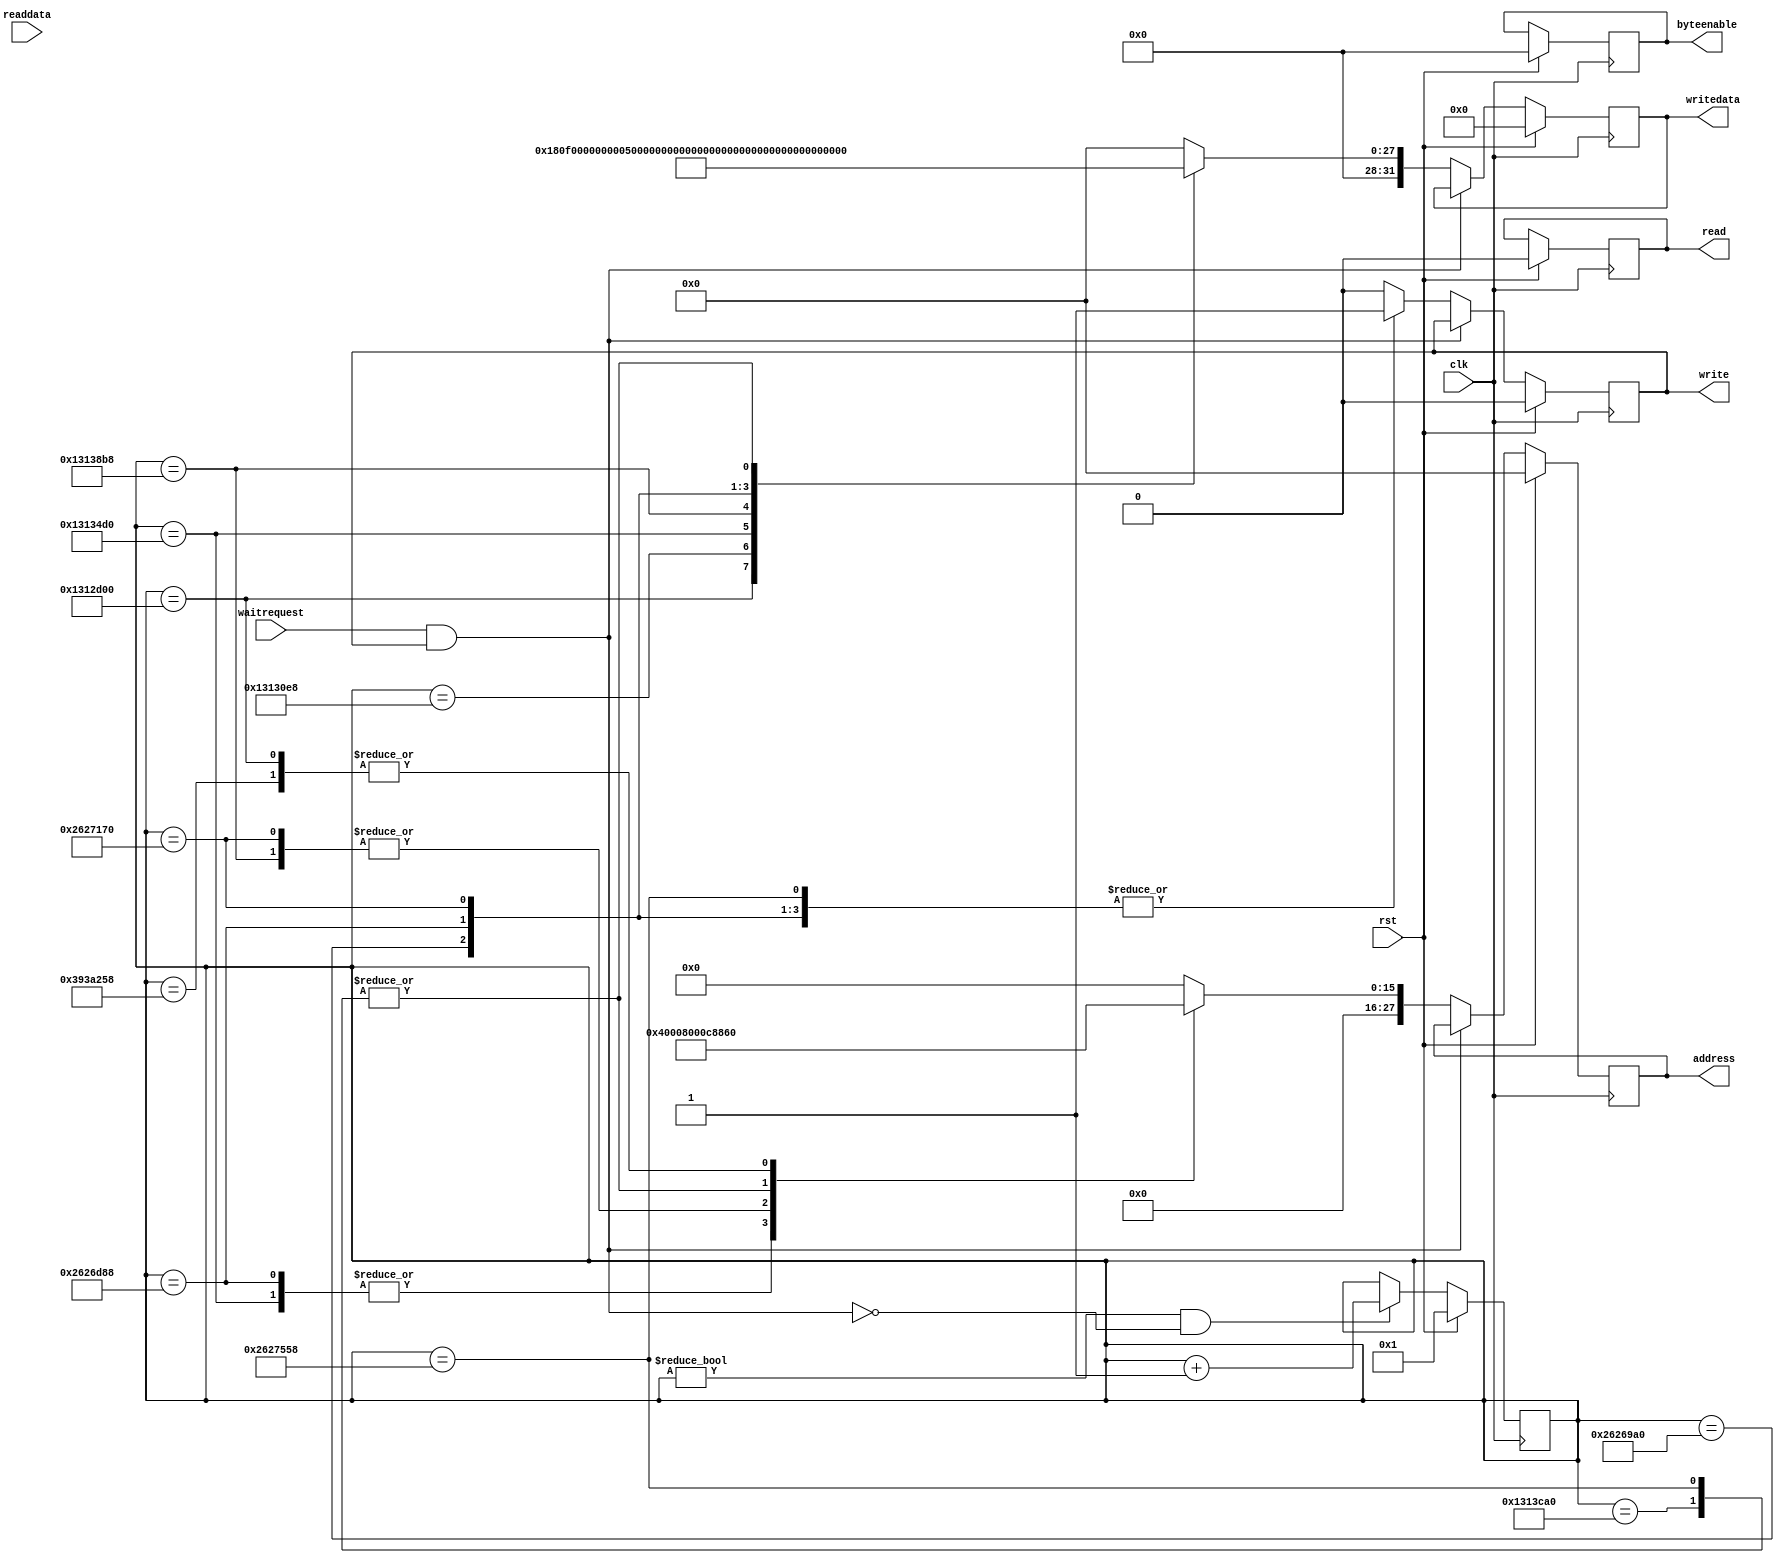
module bios_loader (
                    input wire        clk,
                    input wire        rst,
                    output reg [27:0] address,
                    output reg [3:0]  byteenable,
                    output reg        write,
                    output reg [31:0] writedata,
                    output reg        read,
                    input wire [31:0] readdata,
                    input wire        waitrequest
                    );
    parameter PIO_OUTPUT_ADDR = 32'h00008860;
    parameter DRIVER_SD_ADDR  = 32'h00000000;
    parameter BIOS_SECTOR  = 72;
    parameter BIOS_SIZE    = (64*1024);
    parameter BIOS_ADDR    = 32'hF0000 | 32'h8000000;
    parameter VBIOS_SECTOR = 8;
    parameter VBIOS_SIZE   = (32*1024);
    parameter VBIOS_ADDR   = 32'hC0000 | 32'h8000000;
    parameter CTRL_READ = 2;
    reg [31:0]                        state;
    always @(posedge clk) begin
        if(rst) state <= 1;
        else if(state != 0 && (!(waitrequest && write))) state <= state + 1;
    end
    always @(posedge clk) begin
        if(rst) begin
            write      <= 0;
            read       <= 0;
            writedata  <= 0;
            address    <= 0;
            byteenable <= 4'b0000;
        end else if(!(waitrequest && write))begin
            case(state)
              20000000: begin
                  address  <= PIO_OUTPUT_ADDR;
                  writedata <= 32'h1;
                  write    <= 1;
              end
              20001000: begin
                  write    <= 1;
                  address  <= DRIVER_SD_ADDR;
                  writedata <= BIOS_ADDR;
              end
              20002000: begin
                  write    <= 1;
                  address  <= DRIVER_SD_ADDR + 4;
                  writedata <= BIOS_SECTOR;
              end
              20003000: begin
                  write    <= 1;
                  address  <= DRIVER_SD_ADDR + 8;
                  writedata <= BIOS_SIZE / 512;
              end
              20004000: begin
                  write    <= 1;
                  address  <= DRIVER_SD_ADDR + 12;
                  writedata <= CTRL_READ;
              end
              40004000: begin
                  write    <= 1;
                  address  <= DRIVER_SD_ADDR;
                  writedata <= VBIOS_ADDR;
              end
              40005000: begin
                  write    <= 1;
                  address  <= DRIVER_SD_ADDR + 4;
                  writedata <= VBIOS_SECTOR;
              end
              40006000: begin
                  write    <= 1;
                  address  <= DRIVER_SD_ADDR + 8;
                  writedata <= VBIOS_SIZE / 512;
              end
              40007000: begin
                  write    <= 1;
                  address  <= DRIVER_SD_ADDR + 12;
                  writedata <= CTRL_READ;
              end
              60007000: begin
                  address  <= PIO_OUTPUT_ADDR;
                  writedata <= 32'h0;
                  write    <= 1;
              end
              default: begin
                  write <= 0;
                  writedata  <= 0;
                  address    <= 0;
              end
            endcase
        end
    end
endmodule